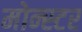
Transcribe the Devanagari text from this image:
मोन्स्टर